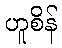
ဟူစိန်